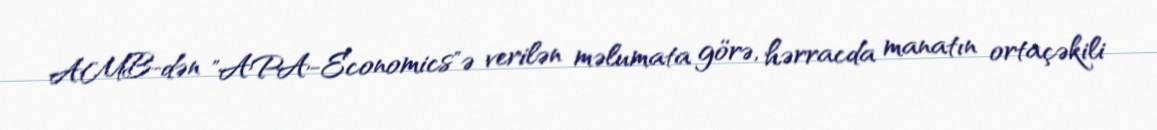
AMB-dən "APA-Economics"ə verilən məlumata görə, hərracda manatın ortaçəkili